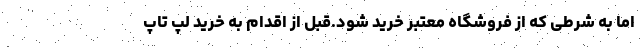
اما به شرطی که از فروشگاه معتبر خرید شود.قبل از اقدام به خرید لپ تاپ